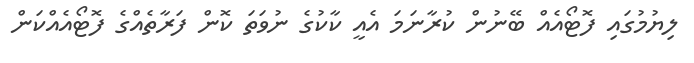
ލިޔުމުގައި ފޮޓޯއެއް ބޭނުން ކުރާނަމަ އެއީ ކާކުގެ ނުވަތަ ކޮން ފަރާތެއްގެ ފޮޓޯއެއްކަން